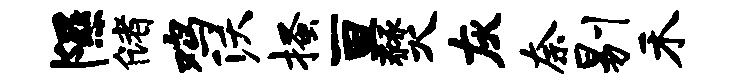
隰储鸡沃搔亘燹灰奈剔禾